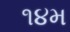
૧૪મ